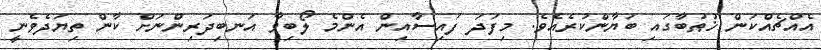
އެއްޗެއްކަން ޚުޠުބާގައި ބަޔާންކުރެއެވެ. މިފަދަ ފައިސާއިން އެންމެ ލޯބިވާ އަނބިދަރިންނަށް ކާން ތިޔަދެވެނީ